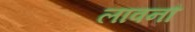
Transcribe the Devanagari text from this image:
लावनौ